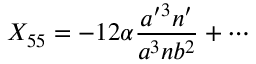
X _ { 5 5 } = - 1 2 \alpha { \frac { a ^ { \prime 3 } n ^ { \prime } } { a ^ { 3 } n b ^ { 2 } } } + \cdots